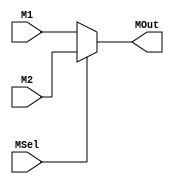


module MUX5_2(M1,M2,MOut,MSel);
	input [4:0]M1;
	input [4:0]M2;
	input MSel;
	output [4:0]MOut;

	assign MOut=(MSel==0)?M1:M2;
endmodule